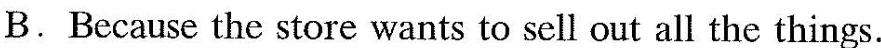
B.Because the store wants to sell out all the things.